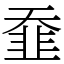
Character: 䪞